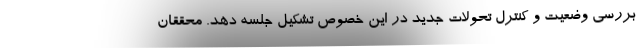
بررسی وضعیت و کنترل تحولات جدید در این خصوص تشکیل جلسه دهد. محققان